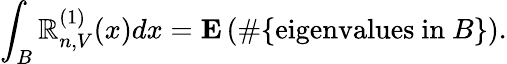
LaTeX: \int_{B}\mathbb{R}_{n,V}^{(1)}(x)dx=\mathbf{{E}}\left(\# \{ {\mathrm{{eigenvalues~in~}}}B\} \right).